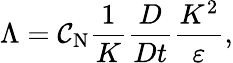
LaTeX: \Lambda=\mathcal{C}_{\textrm{{N}}}\frac{{1}}{{K}}\frac{{D}}{{Dt}}\frac{{K^{2}}}{{\varepsilon}},